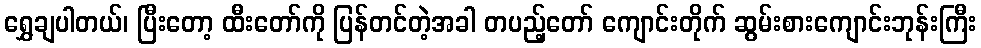
ရွှေချပါတယ်၊ ပြီးတော့ ထီးတော်ကို ပြန်တင်တဲ့အခါ တပည့်တော် ကျောင်းတိုက် ဆွမ်းစားကျောင်းဘုန်းကြီး